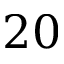
2 0